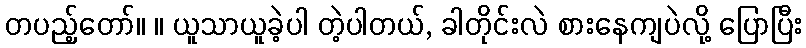
တပည့်တော်။ ။ ယူသာယူခဲ့ပါ တဲ့ပါတယ်, ခါတိုင်းလဲ စားနေကျပဲလို့ ပြောပြီး